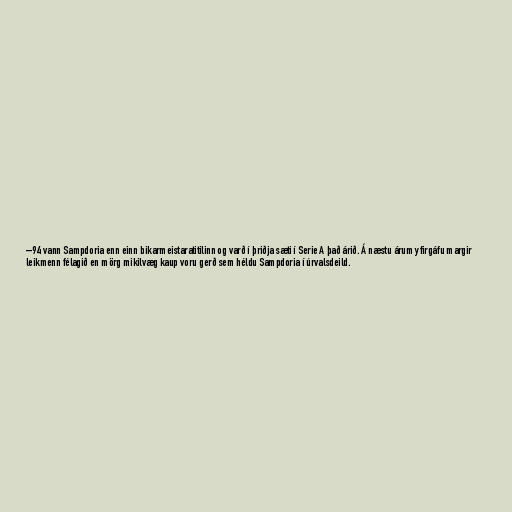
–94 vann Sampdoria enn einn bikarmeistaratitilinn og varð í þriðja sæti í Serie A það árið. Á næstu árum yfirgáfu margir
leikmenn félagið en mörg mikilvæg kaup voru gerð sem héldu Sampdoria í úrvalsdeild.